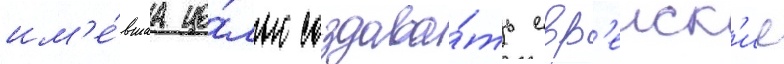
им'е́вшаа це́лью создава́ть евр'еиск'ие